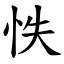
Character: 怢